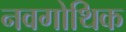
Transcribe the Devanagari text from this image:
नवगोथिक